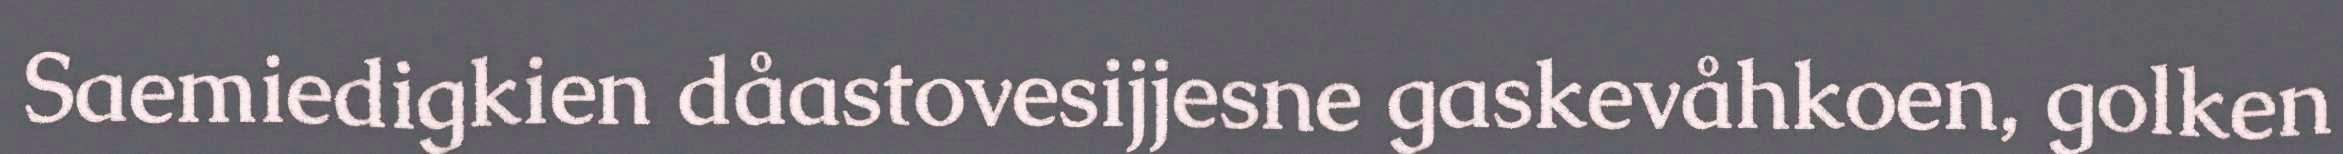
Saemiedigkien dåastovesijjesne gaskevåhkoen, golken